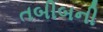
તબીબની